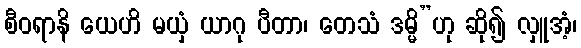
စီဝရာနိ ယေဟိ မယှံ ယာဂု ပီတာ၊ တေသံ ဒမ္မိ”ဟု ဆို၍ လှူအံ့၊